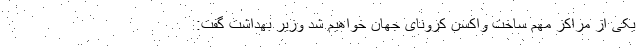
یکی از مراکز مهم ساخت واکسن کرونای جهان خواهیم شد وزیر بهداشت گفت: